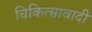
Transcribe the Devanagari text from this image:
चिकित्सावादी